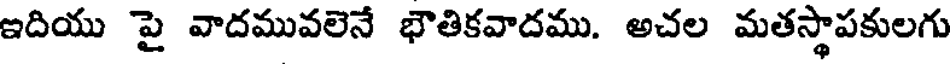
ఇదియు పై వాదమువలెనే భౌతికవాదము. అచల మతస్థాపకులగు